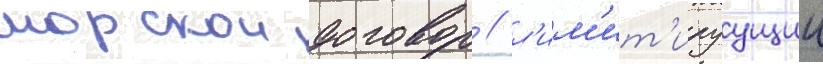
морскои договор / л'им'ит'ируущии